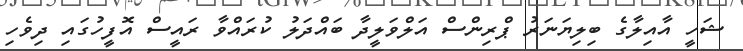
ޝަހީ އާއިލާގެ ބިލިޔަނަރު ޕްރިންސް އަލްވަލީދާ ބައްދަލު ކުރައްވާ ރައީސް އޮފީހުގައި ދިވެހި